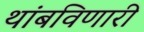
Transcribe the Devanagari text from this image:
थांबविणारी